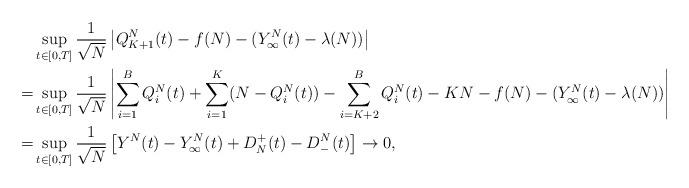
LaTeX: \begin{align*}&\sup_{t\in[0,T]}\frac{1}{\sqrt{N}}\left|Q_{K+1}^N(t)-f(N)-(Y^N_\infty(t)-\lambda (N))\right|\\= & \sup_{t\in[0,T]}\frac{1}{\sqrt{N}}\left|\sum_{i=1}^B Q_{i}^N(t)+\sum_{i=1}^K(N- Q_{i}^N(t))-\sum_{i=K+2}^BQ^N_i(t)-KN-f(N)-(Y^N_\infty(t)-\lambda (N))\right| \\= & \sup_{t\in[0,T]}\frac{1}{\sqrt{N}}\left[Y^N(t)-Y^N_\infty(t)+D_N^+(t)-D^N_-(t)\right]\to 0,\end{align*}